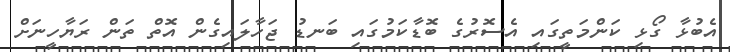
އެބުޅާ ގޯޅި ކަންމަތީގައި އެސޮރުގެ ބޮޑާކަމުގައި ބަނޑު ޖަހާލައިގެން އޮތް ތަން ރަޔާހީނަށް